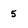
Character: 5